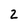
Character: 2